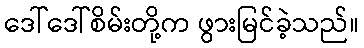
ဒေါ်ဒေါ်စိမ်းတို့က ဖွားမြင်ခဲ့သည်။